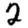
Digit: 2